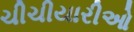
ચીચીયારીઓ